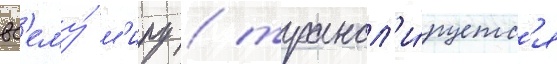
вс'ему́ м'иру / трансл'и́руетс'я